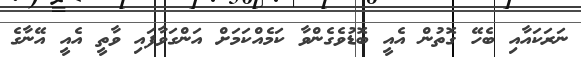
ނަރަކައާއި ބެހޭ ގޮތުން އެއީ ބޮޑުވެގެންވާ ކަމެއްކަމަށް އަންގަވާފައި ވާތީ އެއީ އޭނާގެ